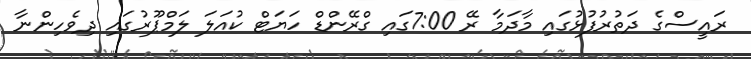
ރައީސްގެ ދަތުރުފުޅުގައި މާދަމާ ރޭ 7:00ގައި ގްރޭންޑް ހަޔަޓް ކުއަލަ ލަމްޕޫރުގައި ދިވެހިންނާ